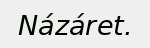
Názáret.